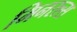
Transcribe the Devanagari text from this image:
मिनरल्‍स